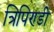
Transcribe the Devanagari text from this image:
त्रिपिण्डी